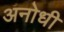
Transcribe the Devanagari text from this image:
अनोधी